Leaving Certificate Examination (including Day School Certificate (Higher) General paper), 1937
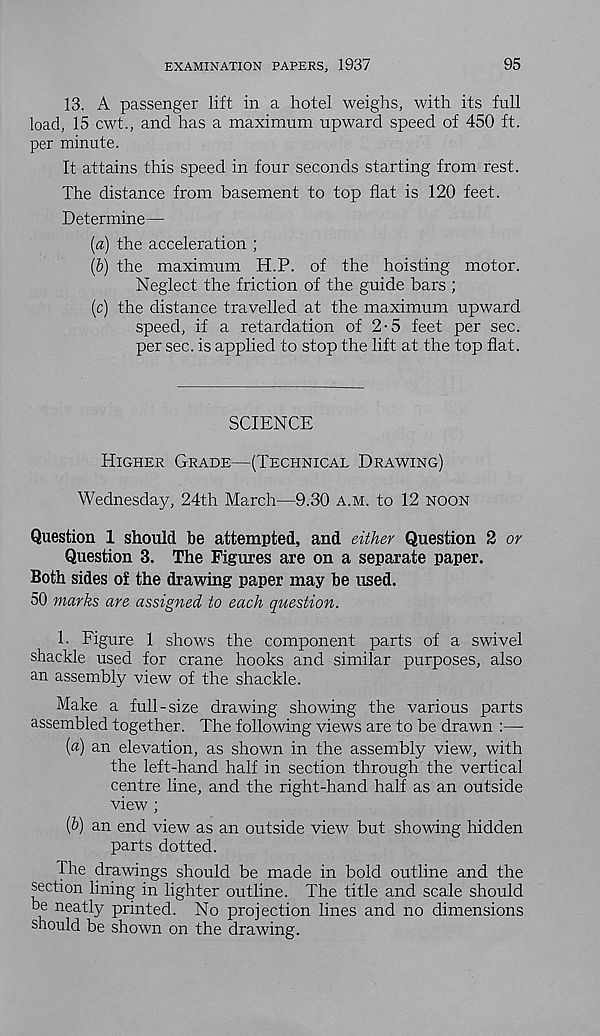
EXAMINATION PAPERS, 1937
95
13. A passenger lift in a hotel weighs, with its full
load, 15 cwt., and has a maximum upward speed of 450 ft.
per minute.
It attains this speed in four seconds starting from rest.
The distance from basement to top flat is 120 feet.
Determine—
(a) the acceleration ;
(&) the maximum H.P. of the hoisting motor.
Neglect the friction of the guide bars ;
(c) the distance travelled at the maximum upward
speed, if a retardation of 2-5 feet per sec.
per sec. is applied to stop the lift at the top flat.
SCIENCE
Higher Grade—(Technical Drawing)
Wednesday, 24th March—9.30 a.m. to 12 noon
Question 1 should be attempted, and either Question 2 or
Question 3. The Figures are on a separate paper.
Both sides of the drawing paper may be used.
50 marks are assigned to each question.
1. Figure 1 shows the component parts of a swivel
shackle used for crane hooks and similar purposes, also
an assembly view of the shackle.
Make a full -size drawing showing the various parts
assembled together. The following views are to be drawn :—
[a) an elevation, as shown in the assembly view, with
the left-hand half in section through the vertical
centre line, and the right-hand half as an outside
view ;
(b) an end view as an outside view but showing hidden
parts dotted.
The drawings should be made in bold outline and the
section lining in lighter outline. The title and scale should
be neatly printed. No projection lines and no dimensions
should be shown on the drawing.